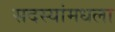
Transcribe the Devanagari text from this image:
सदस्यांमधला